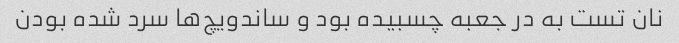
نان تست به در جعبه چسبیده بود و ساندویچ‌ها سرد شده بودن